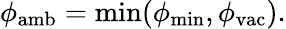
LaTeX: \phi_{\mathrm{amb}}=\operatorname*{min}(\phi_{\mathrm{min}},\phi_{\mathrm{vac}}).